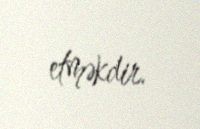
etməkdir.